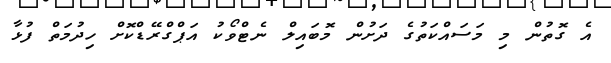
އެ ގޮތުން މި މަސައްކަތުގެ ދަށުން މޮބައިލް ނެޓްވޯކު އަޕްގްރޭޑްކޮށް ހިދުމަތް ފުޅާ